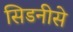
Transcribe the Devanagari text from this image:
सिडनीसे